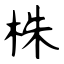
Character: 株